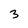
Character: 3